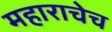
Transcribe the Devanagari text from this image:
महाराचेच